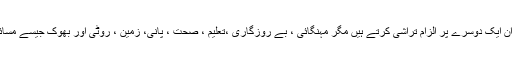
ہر سیاسی پارٹی کے لیڈران ایک دوسرے پر الزام تراشی کرتے ہیں مگر مہنگائی ، بے روزگاری ،تعلیم ، صحت ، پانی، زمین ، روٹی اور بھوک جیسے مسائل کسی کو نظر نہیں آتے۔